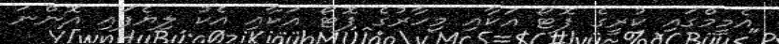
އެމީމްގައި ކުރީގެ ފޮޓޯ އަކާއި މިހާރުގެ ފޮޓޯ އަކާއި އެކު ލިޔެފައި އޮންނަ